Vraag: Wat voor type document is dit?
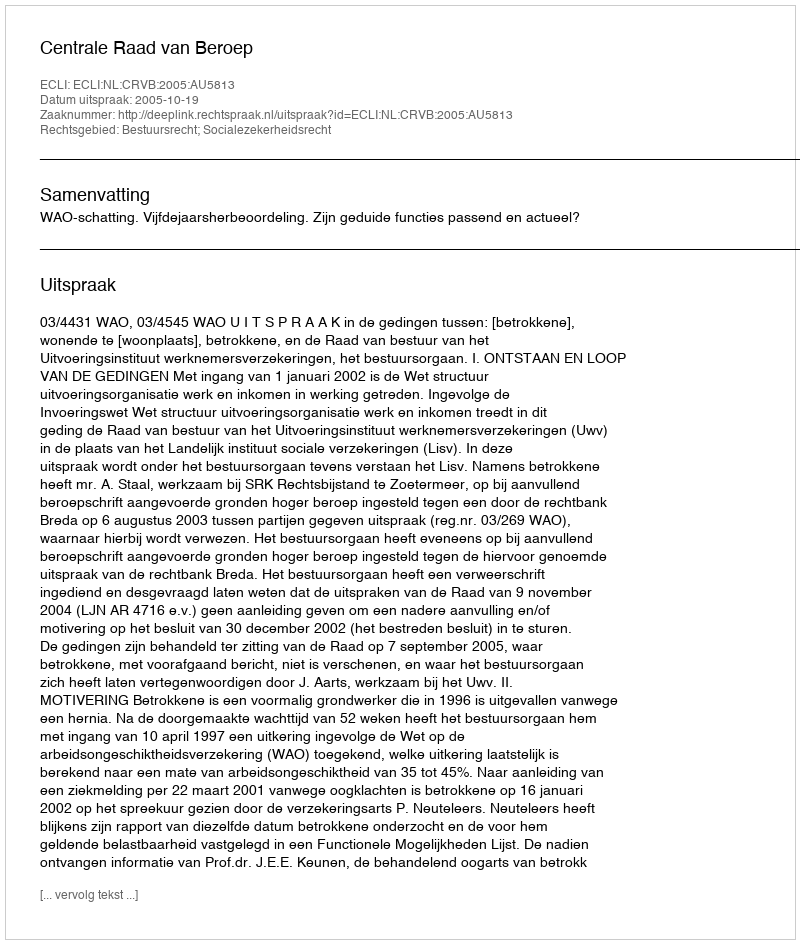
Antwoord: Uitspraak